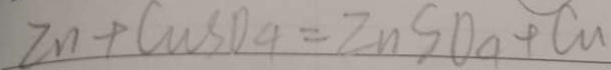
Z n + C w S O _ { 4 } = Z n S O _ { 4 } + C u